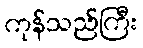
ကုန်သည်ကြီး